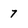
Character: 7